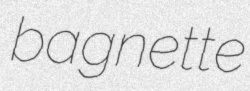
bagnette